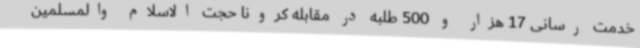
خدمت رسانی 17 هزار و 500 طلبه در مقابله کرونا حجت الاسلام والمسلمین